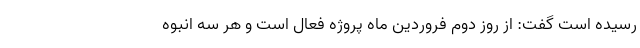
رسیده است گفت: از روز دوم فروردین ماه پروژه فعال است و هر سه انبوه